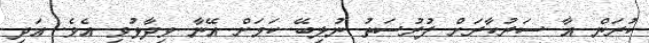
ކުރަން އާ ސަރުކާރަށް ފުރުސަތު ނުލިބޭ ކަމަށް އޭނާ ވިދާޅުވި އެވެ. އަދި